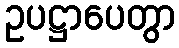
ဥပဋ္ဌာပေတွာ